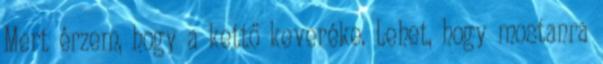
Mert érzem, hogy a kettő keveréke. Lehet, hogy mostanra